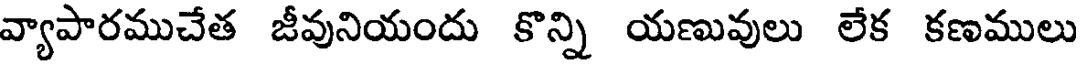
వ్యాపారముచేత జీవునియందు కొన్ని యణువులు లేక కణములు